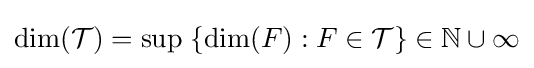
{\text{dim}}({\mathcal {T}})={\text{sup}}\;\{{\text{dim}}(F):F\in {\mathcal {T}}\}\in \mathbb {N} \cup \infty